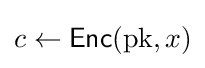
c\leftarrow {\textsf {Enc}}({\text{pk}},x)